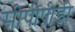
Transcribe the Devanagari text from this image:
सीपीपीडी